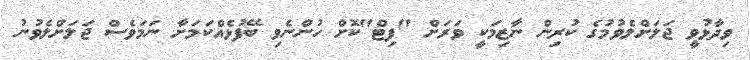
ވިދާޅުވީ ޖަލަށްލެވުމުގެ ކުރިން ނާޒިމަކީ ވަރަށް "ފިޓް"ކޮށް ހުންނެވި ބޭފުޅެއްކަމަށާ ނަމަވެސް ޖަލަށްލެވުނު